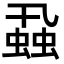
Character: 蝨